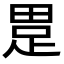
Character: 𤲊